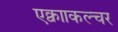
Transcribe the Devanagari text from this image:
एक्वााकल्चर